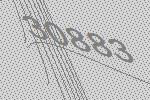
30883